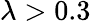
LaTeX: \lambda>0.3